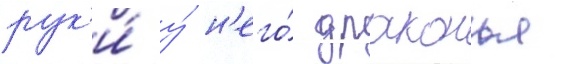
рук'и́ у́ н'его́ драконья